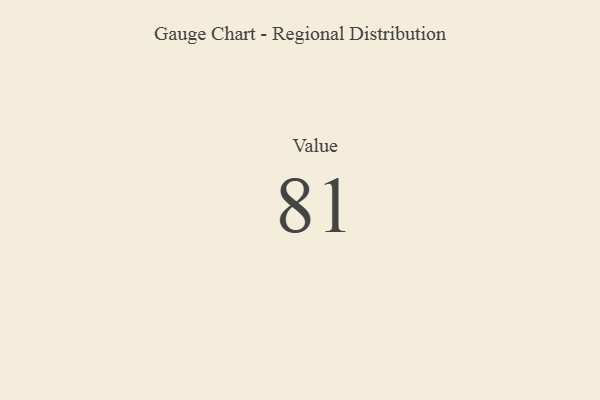
{"axis": {"x": "Metric", "y": "Value"}, "legend": [""], "data": [{"x": "Value", "y": 81, "type": ""}]}